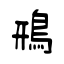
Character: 鳽